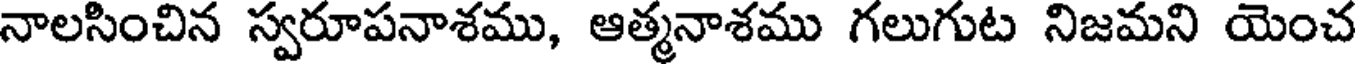
నాలసించిన స్వరూపనాశము, ఆత్మనాశము గలుగుట నిజమని యెంచ